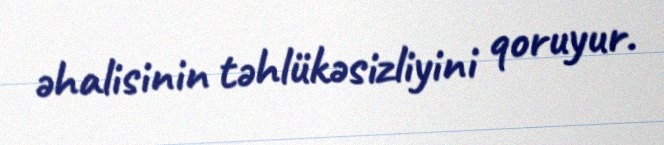
əhalisinin təhlükəsizliyini qoruyur.